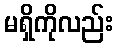
မရှိကိုလည်း